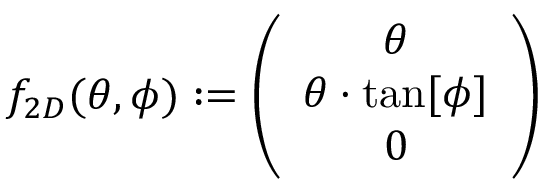
f _ { 2 D } ( \theta , \phi ) : = \left( \begin{array} { c } { \theta } \\ { \theta \cdot \tan [ \phi ] } \\ { 0 } \end{array} \right)